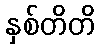
နှစ်တိတိ